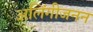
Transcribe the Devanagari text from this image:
अलिंगीजनन